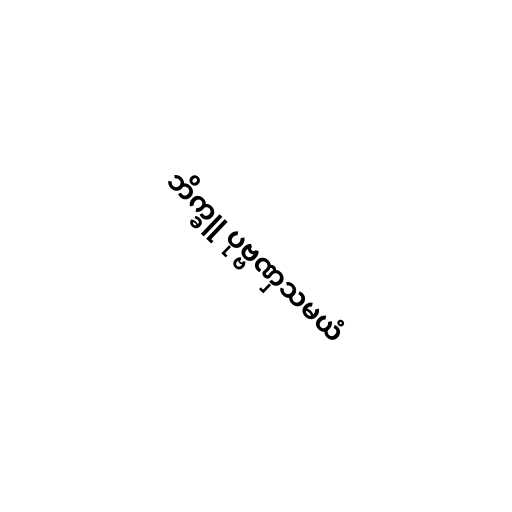
ဘိက္ခူ ပုဗ္ဗဏှသမယံ